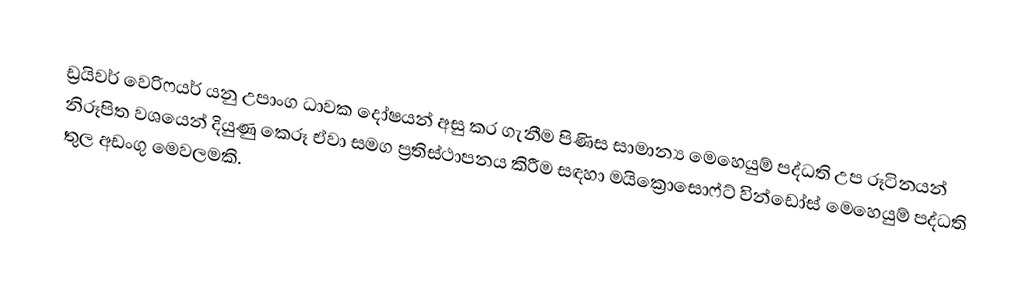
ඩ්‍රයිවර් වෙරිෆයර් යනු උපාංග ධාවක දෝෂයන් අසු කර ගැනීම පිණිස සාමාන්‍ය මෙහෙයුම් පද්ධති උප රූටිනයන් නිරූපිත වශයෙන් දියුණු කෙරූ ඒවා සමග ප්‍රතිස්ථාපනය කිරීම සඳහා මයික්‍රොසොෆ්ට් වින්ඩෝස් මෙහෙයුම් පද්ධති තුල අඩංගු මෙවලමකි.